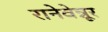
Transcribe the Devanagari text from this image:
रानेवेन्नूर